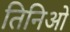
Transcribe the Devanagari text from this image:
तिनिओ